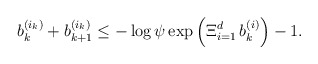
\begin{align*}b_k^{(i_k)} + b_{k + 1}^{(i_k)} \leq -\log\psi\exp\left(\operatorname\Xi_{i = 1}^d b_k^{(i)}\right) - 1.\end{align*}